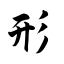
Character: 形